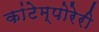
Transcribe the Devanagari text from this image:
कांटेम्पोरेरी